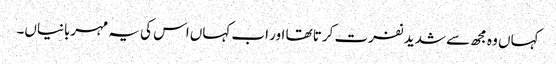
کہاں وہ مجھ سے شدید نفرت کرتا تھا اور اب کہاں اس کی یہ مہربانیاں۔